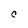
Character: C